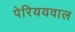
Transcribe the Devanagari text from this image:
पेरिययवाल